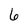
Character: 6